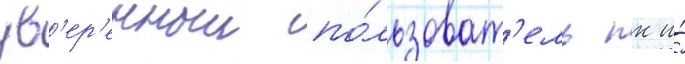
ув'ер'енныи по́льзоват'ель пк и́